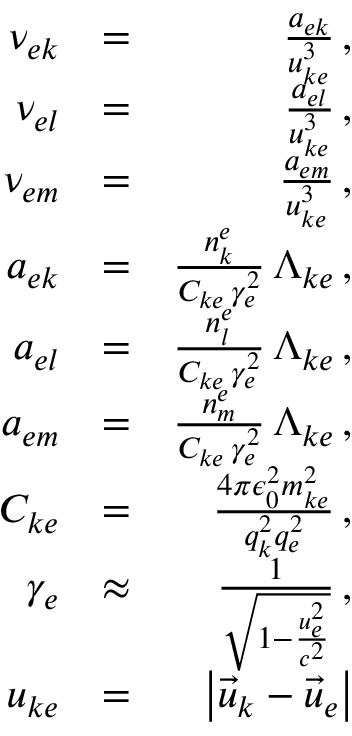
\begin{array} { r l r } { \nu _ { e k } } & { = } & { \frac { a _ { e k } } { u _ { k e } ^ { 3 } } \, , } \\ { \nu _ { e l } } & { = } & { \frac { a _ { e l } } { u _ { k e } ^ { 3 } } \, , } \\ { \nu _ { e m } } & { = } & { \frac { a _ { e m } } { u _ { k e } ^ { 3 } } \, , } \\ { a _ { e k } } & { = } & { \frac { n _ { k } ^ { e } } { C _ { k e } \, \gamma _ { e } ^ { 2 } } \, \Lambda _ { k e } \, , } \\ { a _ { e l } } & { = } & { \frac { n _ { l } ^ { e } } { C _ { k e } \, \gamma _ { e } ^ { 2 } } \, \Lambda _ { k e } \, , } \\ { a _ { e m } } & { = } & { \frac { n _ { m } ^ { e } } { C _ { k e } \, \gamma _ { e } ^ { 2 } } \, \Lambda _ { k e } \, , } \\ { C _ { k e } } & { = } & { \frac { 4 \pi \epsilon _ { 0 } ^ { 2 } m _ { k e } ^ { 2 } } { q _ { k } ^ { 2 } q _ { e } ^ { 2 } } \, , } \\ { \gamma _ { e } } & { \approx } & { \frac { 1 } { \sqrt { 1 - \frac { u _ { e } ^ { 2 } } { c ^ { 2 } } } } \, , } \\ { u _ { k e } } & { = } & { \left| \vec { u } _ { k } - \vec { u } _ { e } \right| } \end{array}